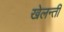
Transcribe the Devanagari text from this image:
खेलन्तीं